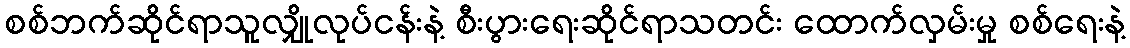
စစ်ဘက်ဆိုင်ရာသူလျှိုလုပ်ငန်းနဲ့ စီးပွားရေးဆိုင်ရာသတင်း ထောက်လှမ်းမှု စစ်ရေးနဲ့